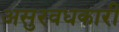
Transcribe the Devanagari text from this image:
असुरवधकारी